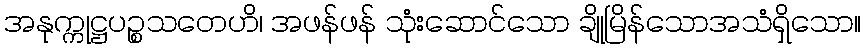
အနုက္ကုဋ္ဌပဉ္စသတေဟိ၊ အဖန်ဖန် သုံးဆောင်သော ချိုမြိန်သောအသံရှိသော။